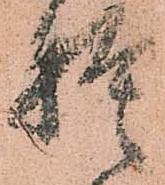
捨